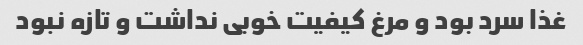
غذا سرد بود و مرغ کیفیت خوبی نداشت و تازه نبود